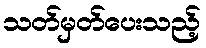
သတ်မှတ်ပေးသည့်